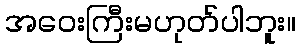
အဝေးကြီးမဟုတ်ပါဘူး။